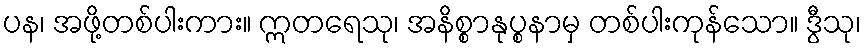
ပန၊ အဖို့တစ်ပါးကား။ ဣတရေသု၊ အနိစ္စာနုပ္စနာမှ တစ်ပါးကုန်သော။ ဒွီသု၊